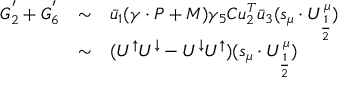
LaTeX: \begin{array} { l l l } { { G _ { 2 } ^ { ' } + G _ { 6 } ^ { ' } } } & { { \sim } } & { { \bar { u } _ { 1 } ( \gamma \cdot P + M ) \gamma _ { 5 } C u _ { 2 } ^ { T } \bar { u } _ { 3 } ( s _ { \mu } \cdot U _ { \frac { 1 } { 2 } } ^ { \mu } ) } } \\ { { } } & { { \sim } } & { { ( U ^ { \uparrow } U ^ { \downarrow } - U ^ { \downarrow } U ^ { \uparrow } ) ( s _ { \mu } \cdot U _ { \frac { 1 } { 2 } } ^ { \mu } ) } } \end{array}